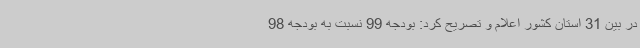
در بین 31 استان کشور اعلام و تصریح کرد: بودجه 99 نسبت به بودجه 98